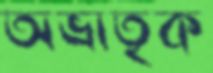
অভ্রাতৃক